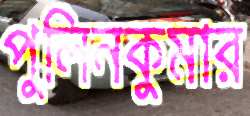
পুলিনকুমার